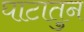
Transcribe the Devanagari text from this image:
घाटातुन